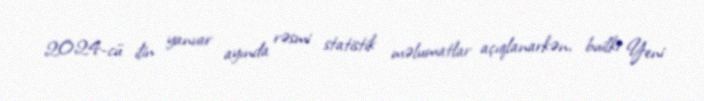
2024-cü ilin yanvar ayında rəsmi statistik məlumatlar açıqlanarkən, builki Yeni